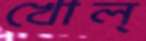
খোল্‌